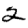
Digit: 2